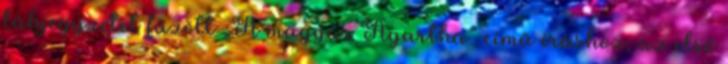
lábjegyzetet fűzött „A magyar Agartha” című íráshoz, az első